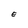
Character: E